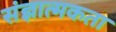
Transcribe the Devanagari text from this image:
संज्ञात्मकता